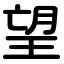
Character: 望